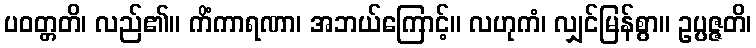
ပဝတ္တတိ၊ လည်၏။ ကိံကာရဏာ၊ အဘယ်ကြောင့်။ လဟုကံ၊ လျှင်မြန်စွာ။ ဥပ္ပဇ္ဇတိ၊